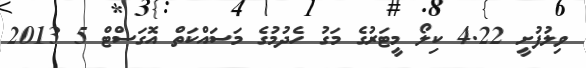
ވިލުފުށީ 4.22 ކިލޯ މީޓަރުގެ މަގު ހެދުމުގެ މަސައްކަތް އޮގަސްޓް 5 2013